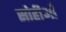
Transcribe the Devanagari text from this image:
सोहीआँ